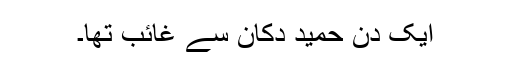
ایک دن حمید دُکان سے غائب تھا۔